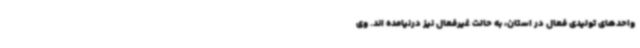
واحدهای تولیدی فعال در استان، به حالت غیرفعال نیز درنیامده اند. وی